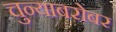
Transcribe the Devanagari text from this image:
चुन्याबरोबर